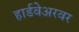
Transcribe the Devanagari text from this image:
हार्डवेअरवर